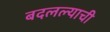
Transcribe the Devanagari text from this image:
बदलल्याची